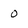
Character: 0